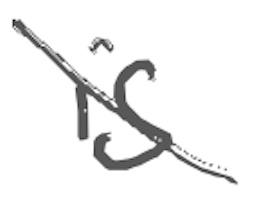
Text: is
Cross-out: diagonal
Writing tool: digital_gray